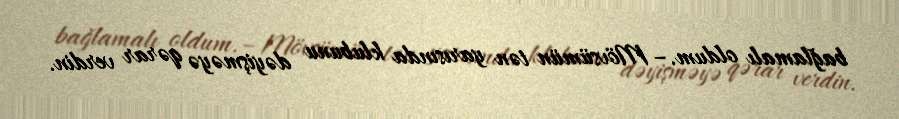
bağlamalı oldum.– Mövsümün tən yarısında klubunu dəyişməyə qərar verdin.